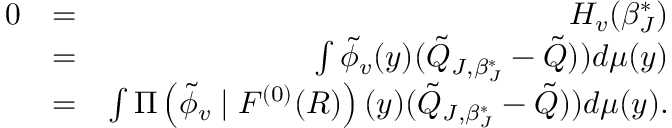
\begin{array} { r l r } { 0 } & { = } & { H _ { v } ( \beta _ { J } ^ { * } ) } \\ & { = } & { \int \tilde { \phi } _ { v } ( y ) ( \tilde { Q } _ { J , \beta _ { J } ^ { * } } - \tilde { Q } ) ) d \mu ( y ) } \\ & { = } & { \int \Pi \left( \tilde { \phi } _ { v } \mid { \cal F } ^ { ( 0 ) } ( { \cal R } ) \right) ( y ) ( \tilde { Q } _ { J , \beta _ { J } ^ { * } } - \tilde { Q } ) ) d \mu ( y ) . } \end{array}